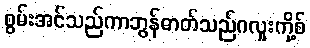
စွမ်းအင်သည်ကာဘွန်ဓာတ်သည်ဂလူးကို့စ်